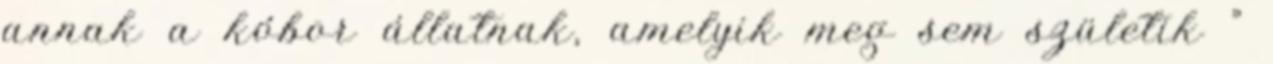
annak a kóbor állatnak, amelyik meg sem születik ”